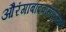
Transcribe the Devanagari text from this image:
औरंगाबादवासीयांसाठी